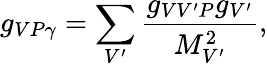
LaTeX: g_{VP\gamma}=\sum_{V^{\prime}}\frac{g_{VV^{\prime}P}g_{V^{\prime}}}{M_{V^{\prime}}^{2}},